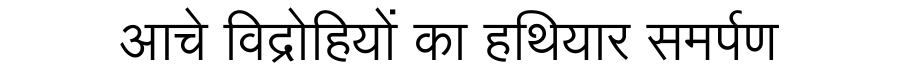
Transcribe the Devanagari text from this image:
आचे विद्रोहियों का हथियार समर्पण